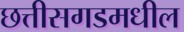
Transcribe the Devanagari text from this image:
छत्तीसगडमधील